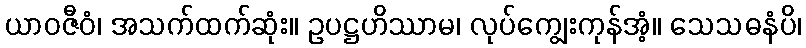
ယာဝဇီဝံ၊ အသက်ထက်ဆုံး။ ဥပဋ္ဌဟိဿာမ၊ လုပ်ကျွေးကုန်အံ့။ သေသဓနံပိ၊